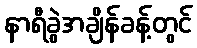
နာရီခွဲအချိန်ခန့်တွင်